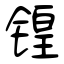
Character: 锽